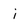
Character: i